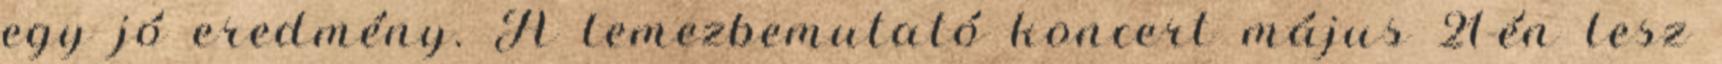
egy jó eredmény. A lemezbemutató koncert május 21-én lesz